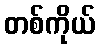
တစ်ကိုယ်